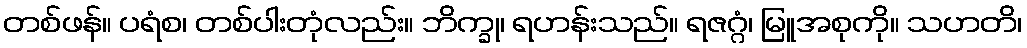
တစ်ဖန်။ ပရံစ၊ တစ်ပါးတုံလည်း။ ဘိက္ခု၊ ရဟန်းသည်။ ရဇဂ္ဂံ၊ မြူအစုကို။ သဟတိ၊